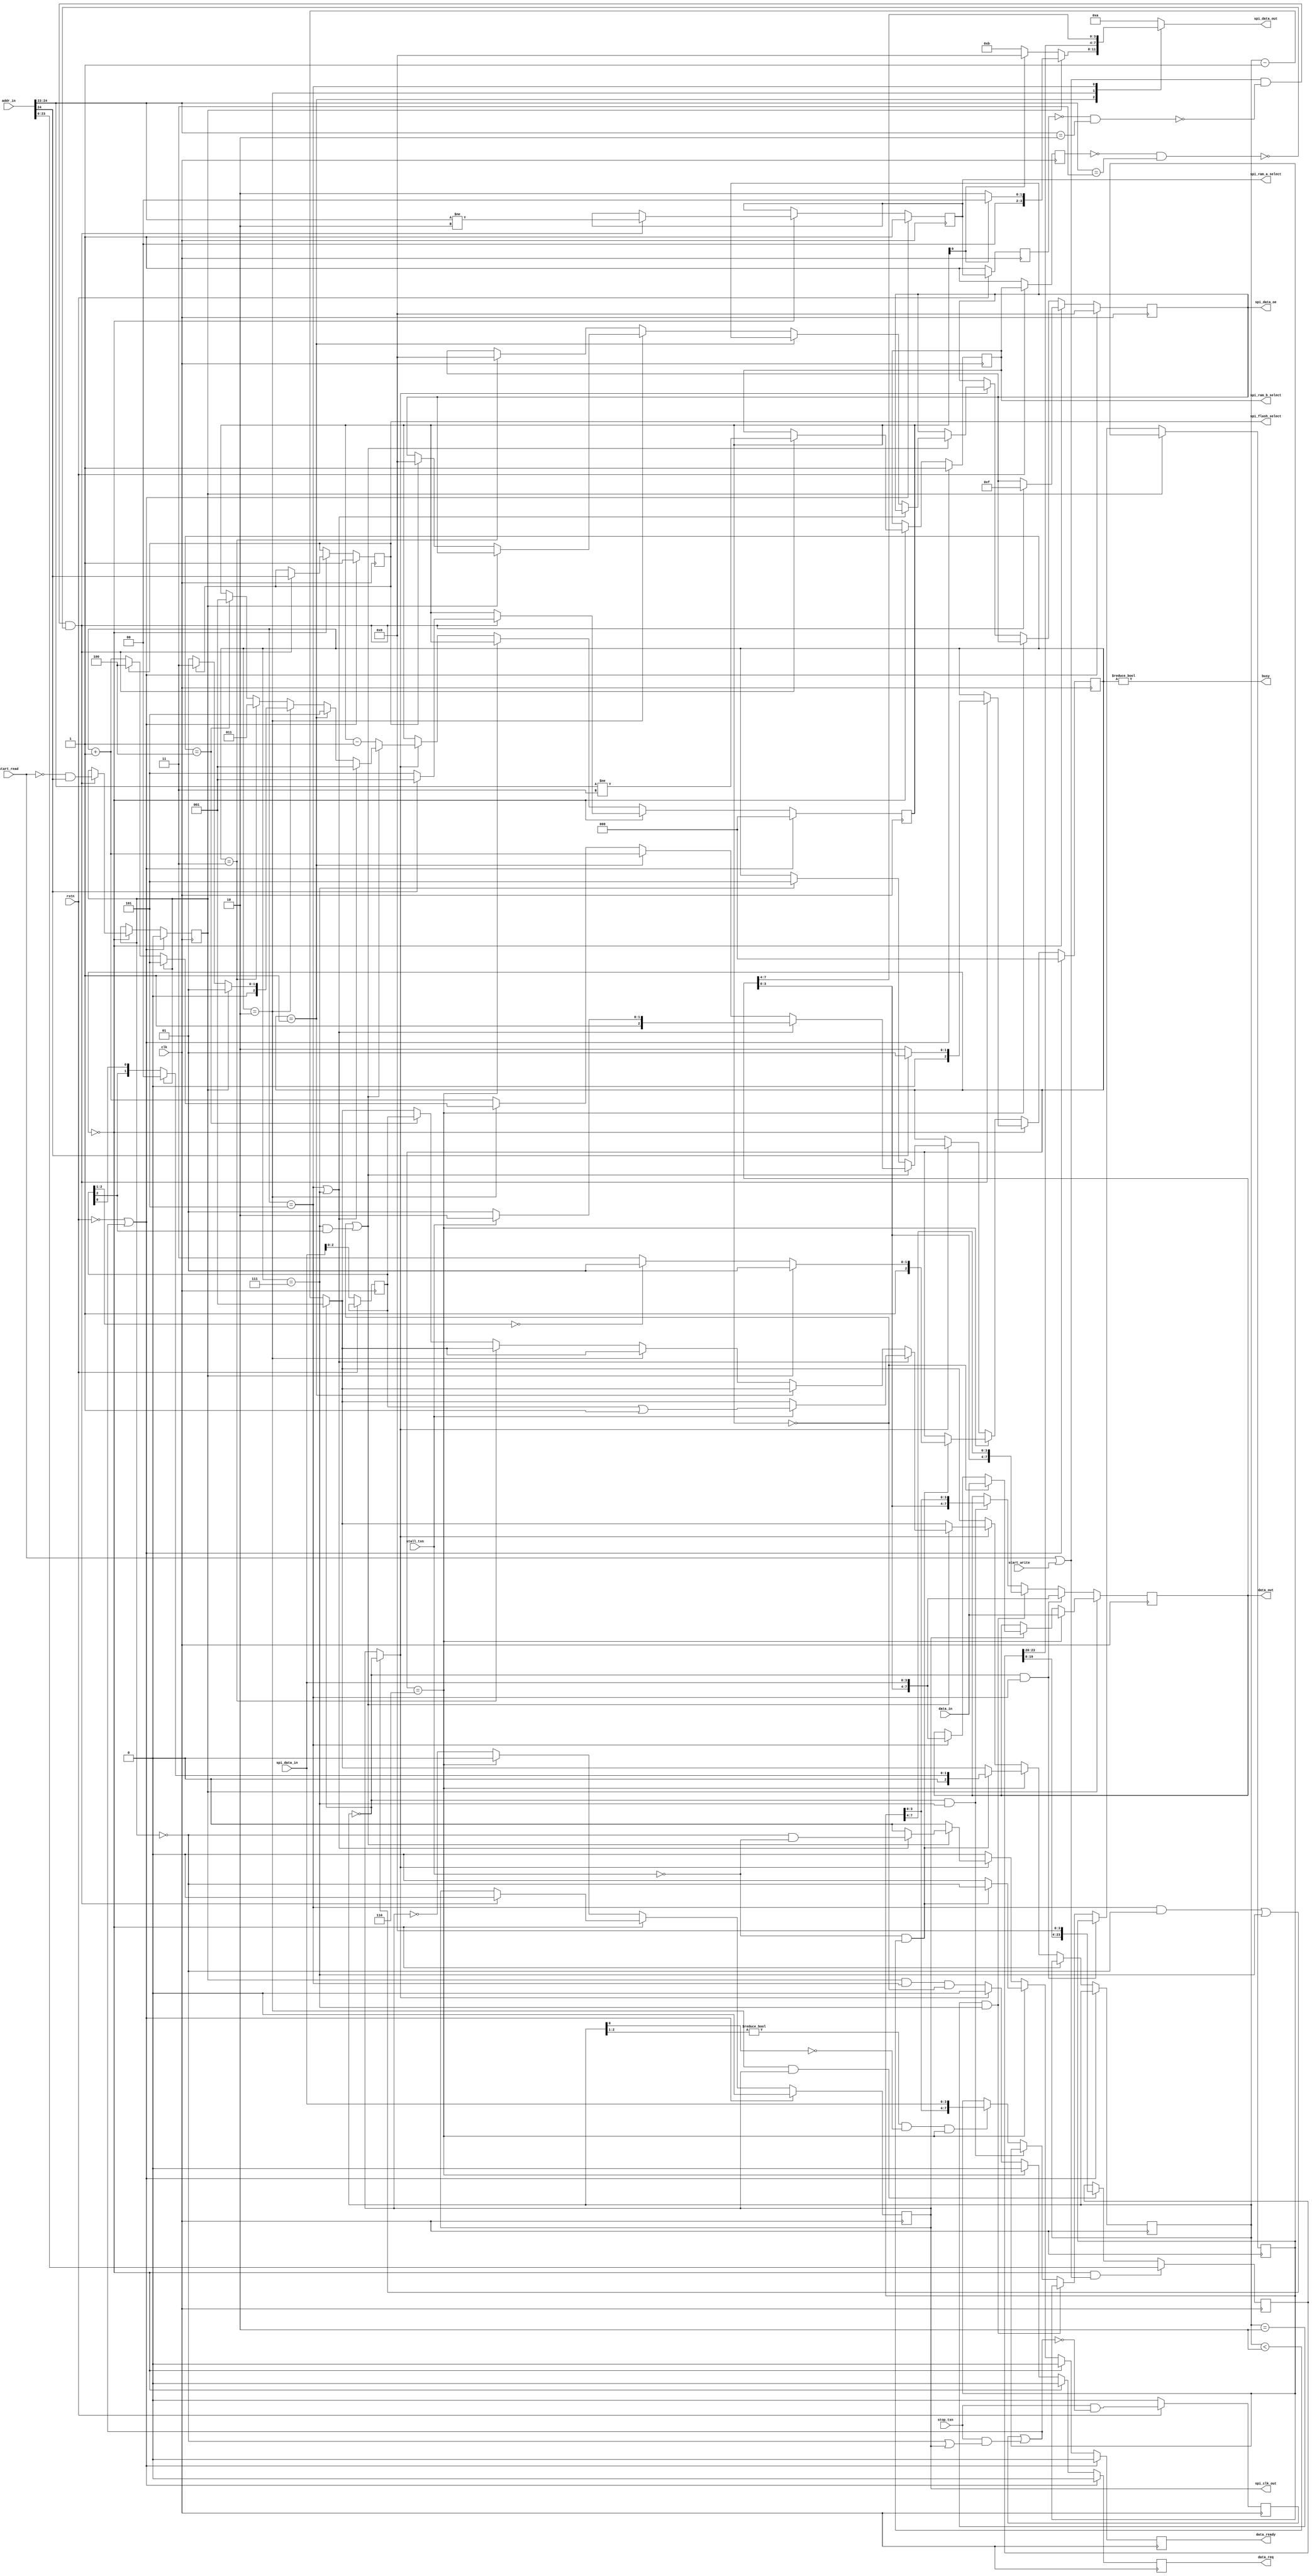
/* Copyright 2023-2024 (c) Michael Bell
   SPDX-License-Identifier: Apache-2.0

   A QSPI controller for the QSPI PMOD:
     https://github.com/mole99/qspi-pmod
   
   To start reading:
   - Set addr_in and set start_read high for 1 cycle
   - Data is available on data_out on each cycle that data_ready is high
   - Set stall_txn high to stall the clock the next time data is ready,
     data_ready will not clear while stall_read is high - the data remains available.
   - Set stop_txn high to cancel the read.

   To start writing:
   - Set addr_in, data_in and set start_write high for 1 cycle
   - Update data_in each cycle data_req goes high to continue writing, on the cycle data_req is high.
   - if data is not ready the clock can be temporarily stalled with stall_txn,
   - Or set stop_txn high to cancel the write.

   Round trip latency of the TT mux is a little over 20ns, so we need configurable 
   delay cycles for reads to reach faster clock speeds.  The delay is configured
   by setting spi_data_in[2:0] to the number of additional read delay cycles and 
   clocking the controller while in reset.  Care must be taken bringing the design 
   out of reset to ensure the configuration is not accidentally modified.
   Note that tinyQV's reset is latched on the negative edge of clk, so reset must be 
   released while clock is high.
   Valid values of latency are 0 - 5:
   - 0: data is ready by the falling edge of the SPI clock immediately following the
           last dummy cycle
   - 1: data is ready by the rising edge of the next SPI clock (this is "normal")
   - 2-5: read the data delayed by further half SPI clock cycles. 

   */
module qspi_controller (
    input clk,
    input rstn,

    // External SPI interface
    input      [3:0] spi_data_in,
    output reg [3:0] spi_data_out,
    output reg [3:0] spi_data_oe,
    output reg       spi_clk_out,

    output reg       spi_flash_select,
    output reg       spi_ram_a_select,
    output reg       spi_ram_b_select,

    // Internal interface for reading/writing data
    // Address map is:
    //  0x0000000 - 0x0FFFFFF: Flash
    //  0x1000000 - 0x17FFFFF: RAM A
    //  0x1800000 - 0x1FFFFFF: RAM B
    input [24:0] addr_in,
    input  [7:0] data_in,
    input        start_read,
    input        start_write,
    input        stall_txn,
    input        stop_txn,

    output [7:0] data_out,
    output reg   data_req,
    output reg   data_ready,
    output       busy
);


`define max(a, b) ((a > b) ? a : b)

    localparam ADDR_BITS = 24;
    localparam DATA_WIDTH_BITS = 8;  // Note: This width is assumed by the latency implementation.

    localparam FSM_IDLE = 0;
    localparam FSM_CMD  = 1;
    localparam FSM_ADDR = 2;
    localparam FSM_DUMMY1 = 3;
    localparam FSM_DUMMY2 = 4;
    localparam FSM_DATA = 5;
    localparam FSM_STALLED = 6;
    localparam FSM_STALL_RECOVER = 7;

    reg [2:0] fsm_state;
    reg       is_writing;
    reg [ADDR_BITS-1:0]       addr;
    reg [DATA_WIDTH_BITS-1:0] data;
    reg [2:0] nibbles_remaining;
    reg [2:0] delay_cycles_cfg;
    reg [7:0] spi_in_buffer;

    assign data_out = data;
    assign busy = fsm_state != FSM_IDLE;

    reg stop_txn_reg;
    wire stop_txn_now = stop_txn_reg || (stop_txn && (!is_writing || spi_clk_out));
    always @(posedge clk) begin
        if (!rstn) 
            stop_txn_reg <= 0;
        else
            stop_txn_reg <= stop_txn && !stop_txn_now;
    end

    reg [2:0] read_cycles_count;

    reg last_ram_a_sel;
    reg last_ram_b_sel;
    wire ram_a_block = (last_ram_a_sel == 0) && addr_in[24:23] == 2'b10;
    wire ram_b_block = (last_ram_b_sel == 0) && addr_in[24:23] == 2'b11;

    always @(posedge clk) begin
        if (!rstn) begin
            delay_cycles_cfg <= spi_data_in[2:0];
        end
    end

/* Assignments to nibbles_remaining are not easy to give the correct width for */
/* verilator lint_off WIDTHTRUNC */

    always @(posedge clk) begin
        if (!rstn || stop_txn_now) begin
            fsm_state <= FSM_IDLE;
            is_writing <= 0;
            nibbles_remaining <= 0;
            data_ready <= 0;
            spi_clk_out <= 0;
            spi_data_oe <= 4'b0000;
            spi_flash_select <= 1;
            spi_ram_a_select <= 1;
            spi_ram_b_select <= 1;
            data_req <= 0;
        end else begin
            data_ready <= 0;
            data_req <= 0;
            if (fsm_state == FSM_IDLE) begin
                if ((start_read || start_write) && !ram_a_block && !ram_b_block) begin
                    fsm_state <= addr_in[24] ? FSM_CMD : FSM_ADDR;
                    is_writing <= !start_read && addr_in[24];  // Only writes to RAM supported.
                    nibbles_remaining <= addr_in[24] ? 2-1 : 6-1;
                    spi_data_oe <= 4'b1111;
                    spi_clk_out <= 0;
                    spi_flash_select <= addr_in[24];
                    spi_ram_a_select <= addr_in[24:23] != 2'b10;
                    spi_ram_b_select <= addr_in[24:23] != 2'b11;
                end
            end else begin
                if (read_cycles_count == 0) read_cycles_count <= 3'b001;
                else read_cycles_count <= read_cycles_count - 3'b001;

                if (fsm_state == FSM_STALLED) begin
                    spi_clk_out <= 0;
                    if (!stall_txn && read_cycles_count < 3'b010) begin
                        data_ready <= !is_writing;
                        if (is_writing) begin
                            fsm_state <= FSM_DATA;
                            read_cycles_count <= 3'b000;
                        end else begin
                            fsm_state <= (delay_cycles_cfg[2:1] == 2'b00) ? FSM_DATA : FSM_STALL_RECOVER;
                            read_cycles_count <= {1'b0, delay_cycles_cfg[2], delay_cycles_cfg[0]};
                        end
                    end
                end else begin
                    spi_clk_out <= !spi_clk_out;
                    if (((fsm_state == FSM_DATA && !is_writing) || fsm_state == FSM_STALL_RECOVER) ? (read_cycles_count == 0) : spi_clk_out) begin
                        if (nibbles_remaining == 0 || (fsm_state == FSM_STALL_RECOVER && delay_cycles_cfg[2])) begin
                            if (fsm_state == FSM_DATA || fsm_state == FSM_STALL_RECOVER) begin
                                data_ready <= !is_writing && !stall_txn;
                                nibbles_remaining <= (DATA_WIDTH_BITS >> 2)-1;
                                if (stall_txn) begin
                                    fsm_state <= FSM_STALLED;
                                    read_cycles_count <= delay_cycles_cfg | 3'b001;
                                end else begin
                                    fsm_state <= FSM_DATA;
                                end
                            end else begin
                                fsm_state <= fsm_state + 1;
                                if (fsm_state == FSM_CMD) begin
                                    nibbles_remaining <= (ADDR_BITS >> 2)-1;
                                end
                                else if (fsm_state == FSM_ADDR) begin
                                    if (is_writing) begin
                                        fsm_state <= FSM_DATA;
                                        nibbles_remaining <= (DATA_WIDTH_BITS >> 2)-1;
                                    end else if (spi_flash_select) begin
                                        // On RAM, skip DUMMY1.
                                        fsm_state <= FSM_DUMMY2;
                                        spi_data_oe <= 4'b0000;
                                        nibbles_remaining <= 4-1;
                                    end else begin
                                        nibbles_remaining <= 2-1;
                                    end
                                end
                                else if (fsm_state == FSM_DUMMY1) begin
                                    spi_data_oe <= 4'b0000;
                                    nibbles_remaining <= 4-1;
                                end
                                else if (fsm_state == FSM_DUMMY2) begin
                                    nibbles_remaining <= (DATA_WIDTH_BITS >> 2)-1;
                                    read_cycles_count <= delay_cycles_cfg;
                                end
                            end
                        end else begin
                            if (fsm_state == FSM_STALL_RECOVER) fsm_state <= FSM_DATA;
                            nibbles_remaining <= nibbles_remaining - 1;
                        end
                    end else begin
                        data_req <= is_writing && (fsm_state == FSM_DATA) && nibbles_remaining == 0;
                    end
                end
            end
        end
    end

/* verilator lint_on WIDTHTRUNC */

    always @(posedge clk) begin
        if (fsm_state == FSM_IDLE && (start_read || start_write)) begin
            addr <= addr_in[23:0];
        end else if (fsm_state == FSM_ADDR && spi_clk_out) begin
            addr <= {addr[ADDR_BITS-5:0], 4'b0000};
        end
    end

    always @(posedge clk) begin
        if (is_writing) begin
            if (fsm_state == FSM_STALLED) begin
                data <= data_in;
            end else if (spi_clk_out) begin
                if (nibbles_remaining == 0) begin
                    data <= data_in;
                end else if (fsm_state == FSM_DATA) begin
                    data <= {data[DATA_WIDTH_BITS-5:0], spi_data_in};
                end
            end
        end else if (read_cycles_count == 0 && fsm_state == FSM_DATA) begin
            data <= {data[DATA_WIDTH_BITS-5:0], spi_data_in};
        end else if (read_cycles_count == 3'b010 && fsm_state == FSM_STALL_RECOVER) begin
            data <= {data[DATA_WIDTH_BITS-5:0], spi_in_buffer[7:4]};
        end else if (read_cycles_count == 0 && fsm_state == FSM_STALL_RECOVER) begin
            data <= {data[DATA_WIDTH_BITS-5:0], spi_in_buffer[3:0]};
        end else if (read_cycles_count[2:1] != 2'b00 && read_cycles_count[0] == 1'b0 && fsm_state == FSM_STALLED) begin
            spi_in_buffer <= {spi_in_buffer[3:0], spi_data_in};
        end
    end

    always @(*) begin
        case (fsm_state)
            FSM_CMD: begin // CMD only used for the PSRAM, the flash is always in continuous read mode
                if (is_writing) begin
                    // RAM Write command is 02h
                    if (nibbles_remaining[0])
                        spi_data_out = 4'b0000;
                    else
                        spi_data_out = 4'b0010;
                end else begin
                    // RAM Read command is 0Bh
                    if (nibbles_remaining[0])
                        spi_data_out = 4'b0000;
                    else
                        spi_data_out = 4'b1011;
                end
            end
            FSM_ADDR:   spi_data_out = addr[ADDR_BITS-1:ADDR_BITS-4];
            FSM_DUMMY1: spi_data_out = 4'b1010;
            FSM_DATA:   spi_data_out = data[DATA_WIDTH_BITS-1:DATA_WIDTH_BITS-4];
            default:    spi_data_out = 4'b1010;
        endcase
    end

    // Allow 2 cycles before reselecting the same RAM
    always @(posedge clk) begin
        if (!rstn) begin
            last_ram_a_sel <= 1;
            last_ram_b_sel <= 1;
        end else begin
            last_ram_a_sel <= spi_ram_a_select;
            last_ram_b_sel <= spi_ram_b_select;
        end
    end


    `ifdef FORMAL
    // register for knowing if we have just started
    reg [1:0] f_past_valid = 2'b00;
    reg f_reset_done = 0;
    wire f_any_select = spi_flash_select & spi_ram_a_select & spi_ram_b_select;
    // start in reset
    initial assume(!rstn);
    initial assume(spi_flash_select);
    initial assume(spi_ram_a_select);
    initial assume(spi_ram_b_select);
    always @(posedge clk) begin
        // update past_valid reg so we know it's safe to use $past()
        f_past_valid <= {f_past_valid[0], 1'b1};

        // Reset for 2 cycles, and then never again
        assume(((f_past_valid == 2'b11) ? 0 : 1) + rstn == 1);

        // Only select one chip
        if (f_past_valid)
            assert(spi_flash_select + spi_ram_a_select + spi_ram_b_select >= 2);

        // Busy is correct
        if (f_past_valid)
            if (spi_flash_select + spi_ram_a_select + spi_ram_b_select == 2)
                assert(busy);
            else
                assert(!busy);

        // RAM must be deselected for at least 2 cycles
        if (f_past_valid == 2'b11) begin
            assert(!(!spi_ram_a_select && $past(spi_ram_a_select) && $past(!spi_ram_a_select, 2)));
            assert(!(!spi_ram_b_select && $past(spi_ram_b_select) && $past(!spi_ram_b_select, 2)));
        end

        // Starting works
        assume(start_read + start_write < 2);
        if (start_write) assume(addr_in[24]);
        if (f_past_valid && $past(rstn && !busy && (start_read || start_write) && !stop_txn)) begin
            if (($past(addr_in[24:23] == 2'b10) && $past(!spi_ram_a_select, 2)) ||
                ($past(addr_in[24:23] == 2'b11) && $past(!spi_ram_b_select, 2))) begin
                assert(!busy);
            end else begin
                assert(busy);
                assert(is_writing == $past(start_write));
            end
        end

        // Only stall on request
        if (f_past_valid && fsm_state == FSM_STALLED && $past(fsm_state != FSM_STALLED))
            assert($past(stall_txn));

        // No positive clock edges when stalled
        if (f_past_valid == 2'b11 && $past(fsm_state == FSM_STALLED) && busy && $past(!spi_clk_out))
            assert(!spi_clk_out);

        // SPI Clock runs while transaction in progress and not stalled
        if (f_past_valid == 2'b11 && busy && fsm_state != FSM_STALLED && $past(fsm_state != FSM_IDLE && fsm_state != FSM_STALLED))
            assert(spi_clk_out != $past(spi_clk_out));

        // Data doesn't change over rising edge of clock
        if (f_past_valid && $past(busy) && busy && $past(!spi_clk_out) && spi_clk_out && ($past(spi_data_oe) || spi_data_oe))
            assert(spi_data_out == $past(spi_data_out));

        // Stopping works
        if (f_past_valid && $past(stop_txn && !is_writing)) begin
            assert(spi_flash_select + spi_ram_a_select + spi_ram_b_select == 3);
            assert(spi_clk_out == 0);
        end
        if (f_past_valid && $past(stop_txn && is_writing && spi_clk_out)) begin
            assert(spi_flash_select + spi_ram_a_select + spi_ram_b_select == 3);
            assert(spi_clk_out == 0);
        end

        if (!f_any_select) begin
            // Address can't change while selected
            assume(addr_in == $past(addr_in));

            // Data can only change when requested
            if (!data_req) assume(data_in == $past(data_in));

            // Data in can only change the correct number of cycles after a falling edge of clock
            assume(delay_cycles_cfg <= 5);
            if ((delay_cycles_cfg == 0 && !($past(spi_clk_out) && !spi_clk_out)) ||
                (delay_cycles_cfg == 1 && !($past(spi_clk_out, 2) && !$past(spi_clk_out))) ||
                (delay_cycles_cfg == 2 && !($past(spi_clk_out, 3) && !$past(spi_clk_out, 2))) ||
                (delay_cycles_cfg == 3 && !($past(spi_clk_out, 4) && !$past(spi_clk_out, 3))) ||
                (delay_cycles_cfg == 4 && !($past(spi_clk_out, 5) && !$past(spi_clk_out, 4))) ||
                (delay_cycles_cfg == 5 && !($past(spi_clk_out, 6) && !$past(spi_clk_out, 5))))
                    assume($past(spi_data_in) == $past(spi_data_in, 2));
            //else
            //    assume($past(spi_data_in) == $past(spi_data_in, 2) + 4'b0001);
        end
    end

    reg [5:0] f_counter = 0;
    reg [3:0] f_rcv_data [0:31];
    reg [5:0] f_rcv_index;
    wire [5:0] f_address_offset = spi_flash_select ? 2 : 0;
    reg f_ever_stalled = 0;
    always @(posedge clk) begin
        if (f_any_select) begin
            f_counter <= 0;
            f_rcv_index <= 12;
        end else if ($past(!spi_clk_out) && spi_clk_out) begin
            f_counter <= f_counter + 1;
            
            if (f_counter < 8 || is_writing) assert(spi_data_oe == 4'hF);
            else assert(spi_data_oe == 4'h0);

            // Verify command
            if (spi_flash_select) begin
                if (is_writing) begin
                    if (f_counter == 0) assert(spi_data_out == 4'h0);
                    if (f_counter == 1) assert(spi_data_out == 4'h2);
                end else begin
                    if (f_counter == 0) assert(spi_data_out == 4'h0);
                    if (f_counter == 1) assert(spi_data_out == 4'hB);
                end
            end

            // Verify address
            if (f_counter - f_address_offset == 0) assert(spi_data_out == addr_in[23:20]);
            if (f_counter - f_address_offset == 1) assert(spi_data_out == addr_in[19:16]);
            if (f_counter - f_address_offset == 2) assert(spi_data_out == addr_in[15:12]);
            if (f_counter - f_address_offset == 3) assert(spi_data_out == addr_in[11: 8]);
            if (f_counter - f_address_offset == 4) assert(spi_data_out == addr_in[ 7: 4]);
            if (f_counter - f_address_offset == 5) assert(spi_data_out == addr_in[ 3: 0]);

            if (f_counter > f_address_offset && f_counter - f_address_offset >= 6) begin
                if (is_writing) begin
                    // Verify written data
                    if (f_counter[0]) assert(spi_data_out == $past(data_in[3:0]));
                    else assert(spi_data_out == data_in[7:4]);
                end else begin
                    // Verify continuation mode
                    if (f_counter < 8) assert(spi_data_out == 4'hA);
                end
            end
        end

        // Record data
        if (delay_cycles_cfg == 0) f_rcv_data[f_counter] <= $past(spi_data_in);
        else if (delay_cycles_cfg == 1) f_rcv_data[$past(f_counter, 1)] <= $past(spi_data_in);
        else if (delay_cycles_cfg == 2) f_rcv_data[$past(f_counter, 2)] <= $past(spi_data_in);
        else if (delay_cycles_cfg == 3) f_rcv_data[$past(f_counter, 3)] <= $past(spi_data_in);
        else if (delay_cycles_cfg == 4) f_rcv_data[$past(f_counter, 4)] <= $past(spi_data_in);
        else if (delay_cycles_cfg == 5) f_rcv_data[$past(f_counter, 5)] <= $past(spi_data_in);

        if (f_past_valid && data_ready) begin
            assert(data_out[7:4] == f_rcv_data[f_rcv_index]);
            assert(data_out[3:0] == f_rcv_data[f_rcv_index+1]);
            f_rcv_index <= f_rcv_index + 2;
        end

        // Stall testing
        /*
        if (f_past_valid && f_rcv_index > 16 && stall_txn && $past(stall_txn) && $past(stall_txn, 2) && $past(stall_txn, 3) && $past(data_ready, 6))
            f_ever_stalled <= 1;

        cover(f_past_valid && f_ever_stalled && data_ready && $past(data_ready, 4) && f_rcv_index > 20);
        */
    end
    `endif

endmodule